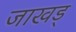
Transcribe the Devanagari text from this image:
जाखड्